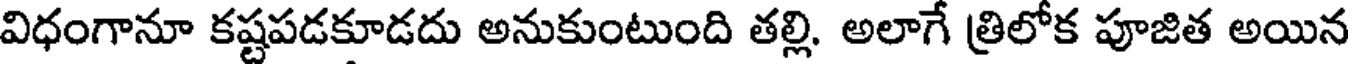
విధంగానూ కష్టపడకూడదు అనుకుంటుంది తల్లి. అలాగే త్రిలోక పూజిత అయిన